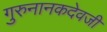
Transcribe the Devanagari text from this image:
गुरुनानकदेवजी